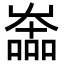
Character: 𡴩